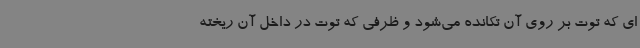
ای که توت بر روی آن تکانده می‌شود و ظرفی که توت در داخل آن ریخته